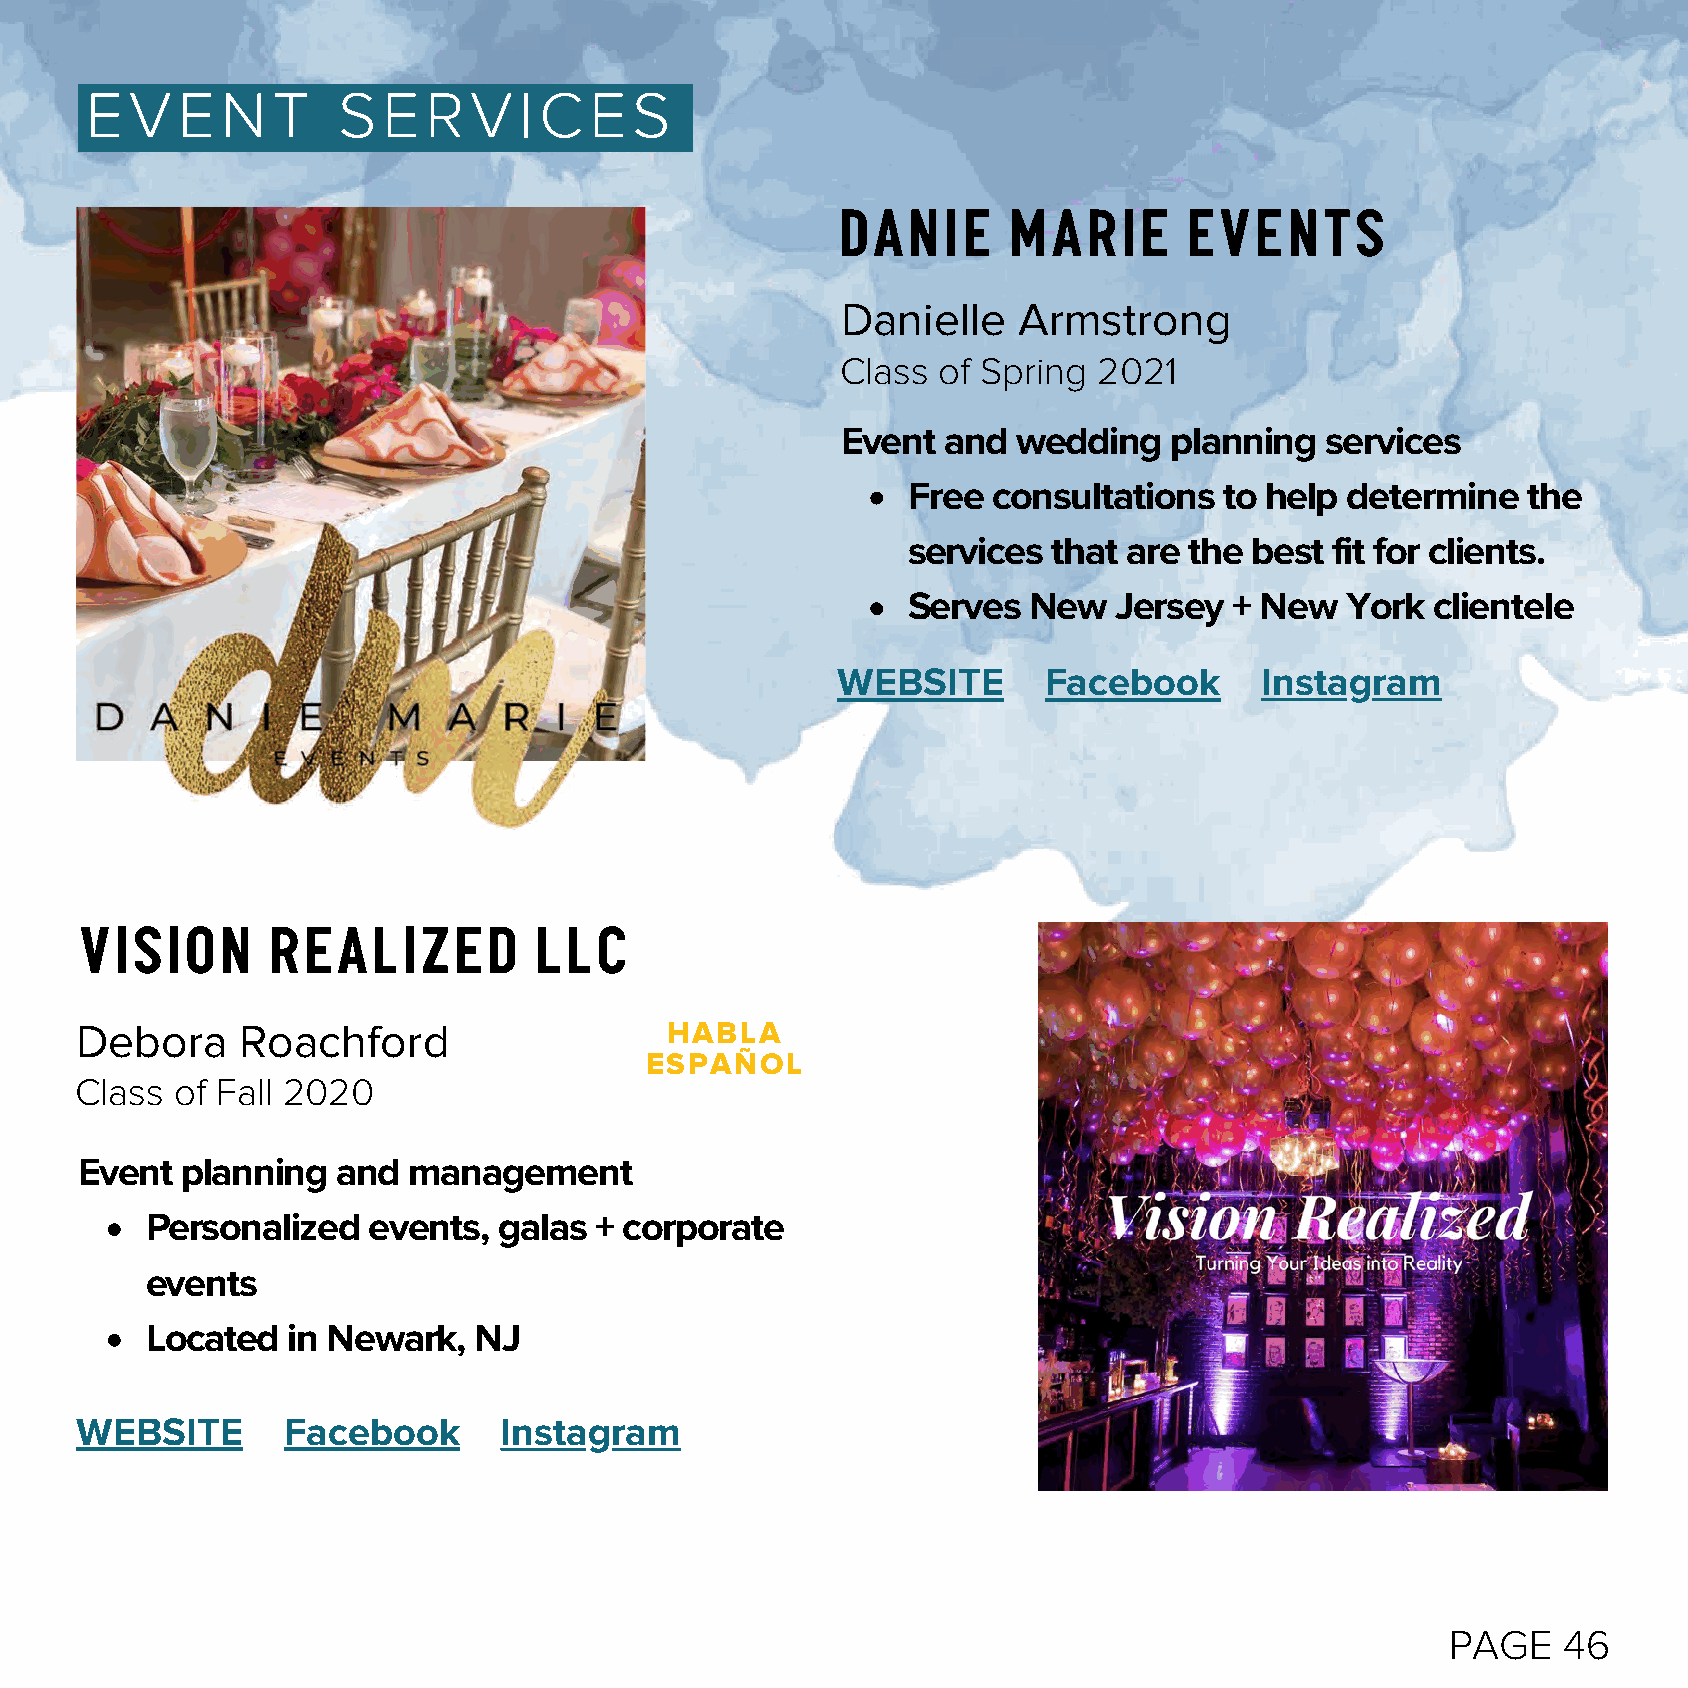
EVENT           SERVICES
 Danie      Marie       Events
 Danielle   Armstrong
 Class of Spring  2021
 Event  and wedding    planning  services
 Free  consultations  to help determine   the
 services  that are the best fit for clients.
 Serves  New   Jersey  + New  York  clientele
 WEBSITE       Facebook      Instagram
 Vision       Realized         LLC
 Debora     Roachford                   HABLA
 ESPAÑOL
 Class  of Fall 2020
 Event  planning  and  management
 Personalized  events,  galas + corporate
 events
 Located  in Newark,  NJ
 WEBSITE       Facebook      Instagram
 PAGE   46